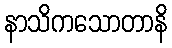
နာသိကသောတာနိ